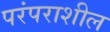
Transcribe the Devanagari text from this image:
परंपराशील